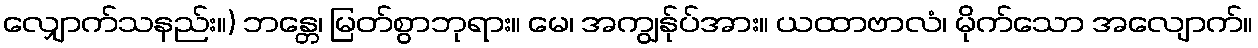
လျှောက်သနည်း။) ဘန္တေ၊ မြတ်စွာဘုရား။ မေ၊ အကျွန်ုပ်အား။ ယထာဗာလံ၊ မိုက်သော အလျောက်။